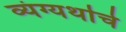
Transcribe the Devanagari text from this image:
व्यंग्यर्थाचे